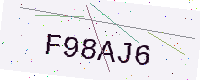
Text: F98AJ6